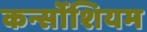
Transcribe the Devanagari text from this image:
कर्न्सोशियम